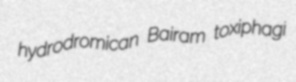
hydrodromican Bairam toxiphagi